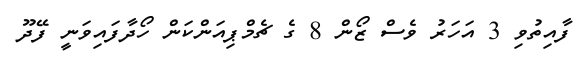
ފާއިތުވި 3 އަހަރު ވެސް ޒޯން 8 ގެ ޗެމްޕިއަންކަން ހޯދާފައިވަނީ ފޭދޫ